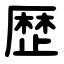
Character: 歴